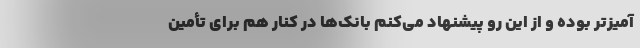
آمیزتر بوده و از این رو پیشنهاد می‌کنم بانک‌ها در کنار هم برای تأمین